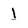
Character: l